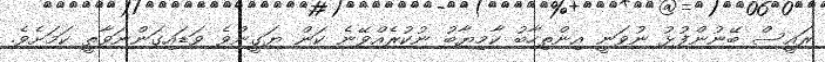
ރައީސް ބޭނުންފުޅު ނުވަނީ އިންތިހާބު ކާމިޔާބު ނުކުރެއްވޭނެ ކަން ޔަގީންވެ ވަޑައިގަންނަވާތީ ކަމަށެވެ.